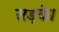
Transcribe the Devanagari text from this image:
सड़के।